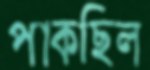
পাকছিল